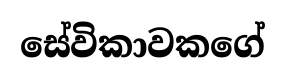
සේවිකාවකගේ